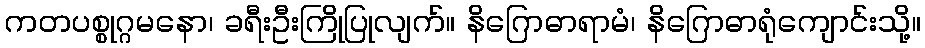
ကတပစ္စုဂ္ဂမနော၊ ခရီးဦးကြိုပြုလျက်။ နိဂြောဓာရာမံ၊ နိဂြောဓာရုံကျောင်းသို့။